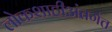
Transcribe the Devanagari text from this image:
लोकशाहीअंतर्गत